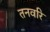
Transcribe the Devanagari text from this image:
तनवरि